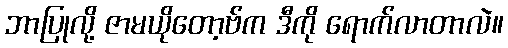
ဘာပြုလို့ ဇာမယိုတော့ဗ်က ဒီကို ရောက်လာတာလဲ။